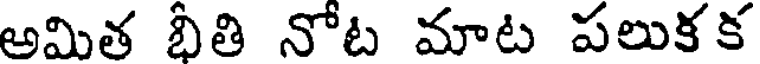
అమిత భీతి నోట మాట పలుకక